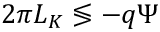
2 \pi L _ { K } \lessgtr - q \Psi